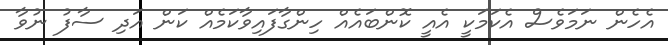
އެހެން ނަމަވެސް އެކަމަކީ އެއީ ކޮންބައެއް ހިންގާފައިވާކަމެއް ކަން އަދި ސާފު ނުވާ